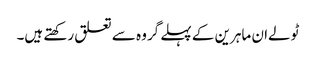
ٹولےان ماہرین کے پہلے گروہ سے تعلق رکھتے ہیں۔